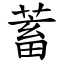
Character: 蓄